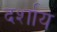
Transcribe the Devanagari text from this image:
दर्शाय